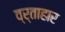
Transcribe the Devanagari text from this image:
व्र्ताहार